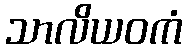
သာလိယဝကံ